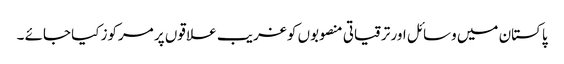
پاکستان میں وسائل اور ترقیاتی منصوبوں کو غریب علا قوں پر مرکوز کیا جائے ۔